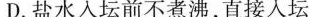
D.盐水入坛前不煮沸，直接人坛